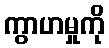
ကွာဟမှုကို